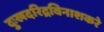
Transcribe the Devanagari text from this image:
दुःखदरिद्रविनाशकरे